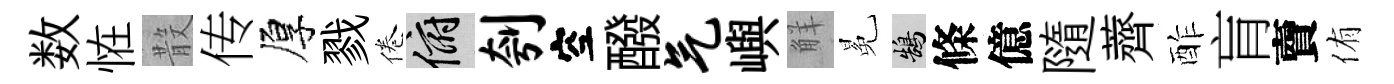
数恠𣪚传厚戮倦俯刳空醱气嶼觧冕鵠條億隨薺酢肓𧶠侑